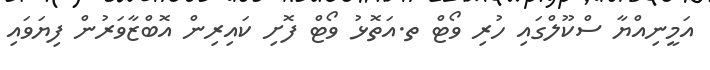
އަމީނިއްޔާ ސްކޫލްގައި ހުރި ވޯޓް ތ.އަތޮޅު ވޯޓް ފޮށި ކައިރިން އޮބްޒާވަރުން ފިޔަވައި